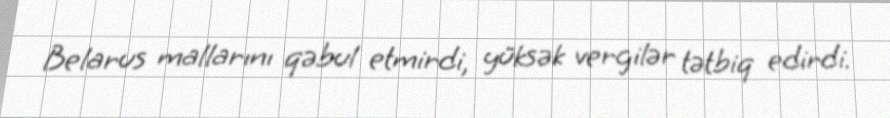
Belarus mallarını qəbul etmirdi, yüksək vergilər tətbiq edirdi.